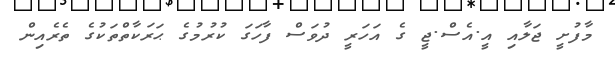
މާފުށީ ޖަލާއި އީ.އެސް.ޖީ ގެ އަހަރީ ދުވަސް ފާހަގަ ކުރުމުގެ ޙަރަކާތްތަކުގެ ތެރެއިން